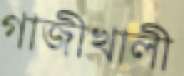
গাজীখালী